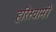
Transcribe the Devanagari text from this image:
हरिस्वामी